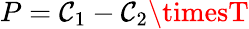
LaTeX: P=\mathcal{C}_{1}-\mathcal{C}_{2}\timesT